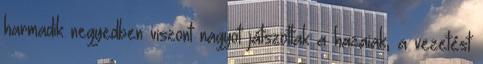
harmadik negyedben viszont nagyot játszottak a hazaiak, a vezetést